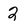
Character: 2